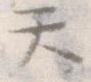
て